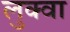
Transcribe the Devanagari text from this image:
लुक्वा